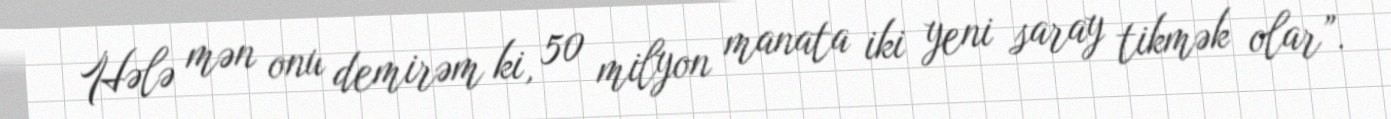
Hələ mən onu demirəm ki, 50 milyon manata iki yeni saray tikmək olar”.